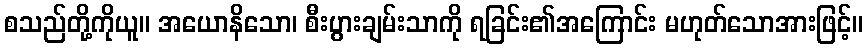
စသည်တို့ကိုယူ။ အယောနိသော၊ စီးပွားချမ်းသာကို ရခြင်း၏အကြောင်း မဟုတ်သောအားဖြင့်။